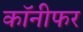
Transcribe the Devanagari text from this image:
कॉनीफर